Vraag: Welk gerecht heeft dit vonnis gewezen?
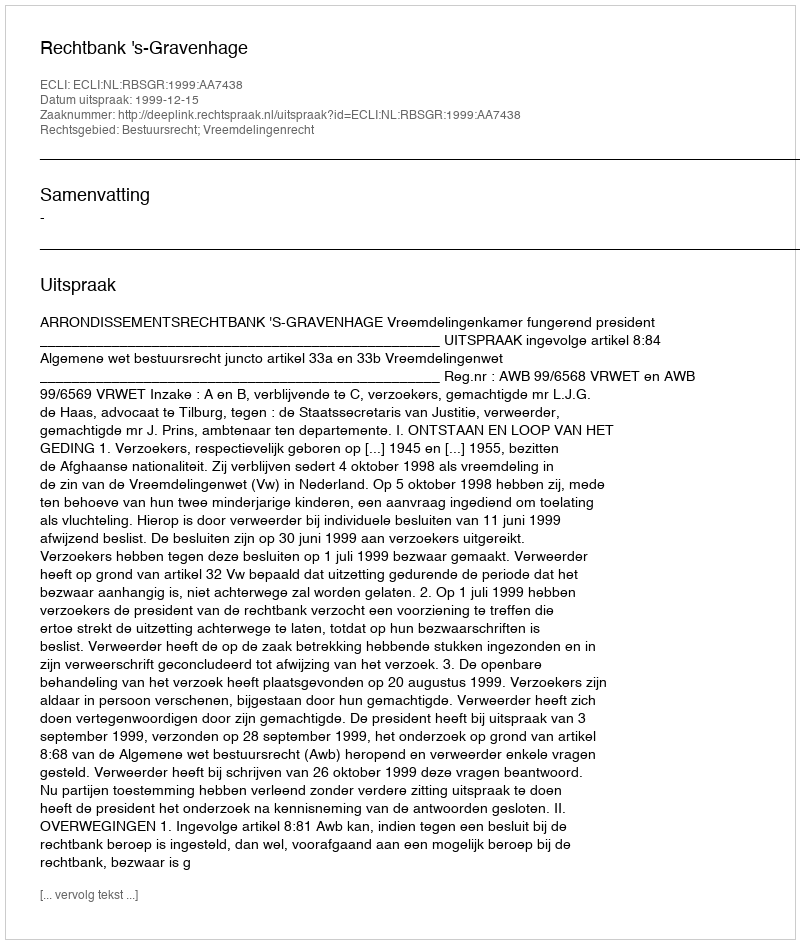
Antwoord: Rechtbank 's-Gravenhage